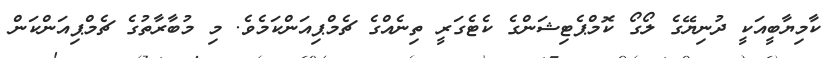
ކާމިޔާބީއަކީ ދުނިޔޭގެ ލޯގޯ ކޮމްޕެޓިޝަންގެ ކެޓެގަރީ ތިނެއްގެ ޗެމްޕިއަންކަމެވެ. މި މުބާރާތުގެ ޗެމްޕިއަންކަން